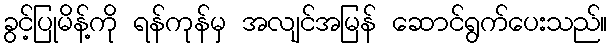
ခွင့်ပြုမိန့်ကို ရန်ကုန်မှ အလျင်အမြန် ဆောင်ရွက်ပေးသည်။